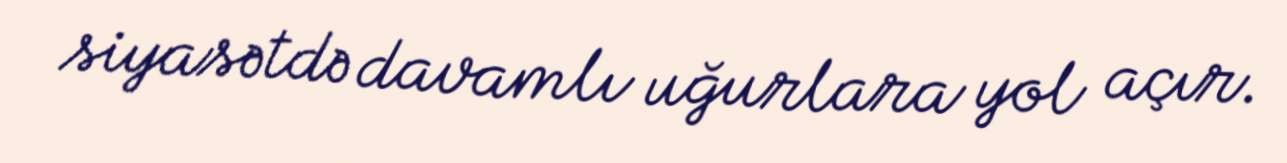
siyasətdə davamlı uğurlara yol açır.